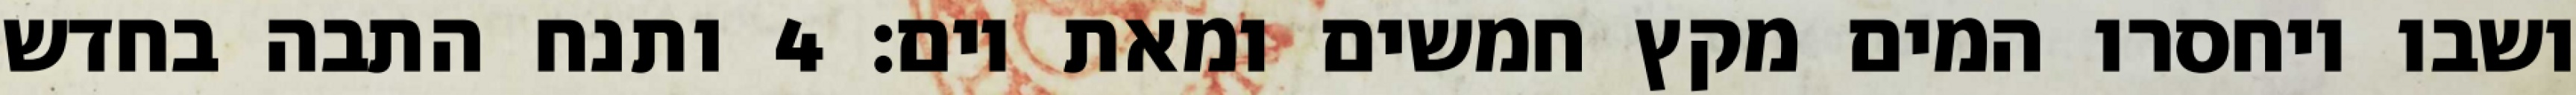
ושבו ויחסרו המים מקץ חמשים ומאת יום׃ ‎4‏ ותנח התבה בחדש